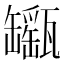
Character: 𤮫